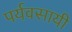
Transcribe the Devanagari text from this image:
पर्यवसायी